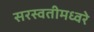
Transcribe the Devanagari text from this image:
सरस्वतीमध्वरे